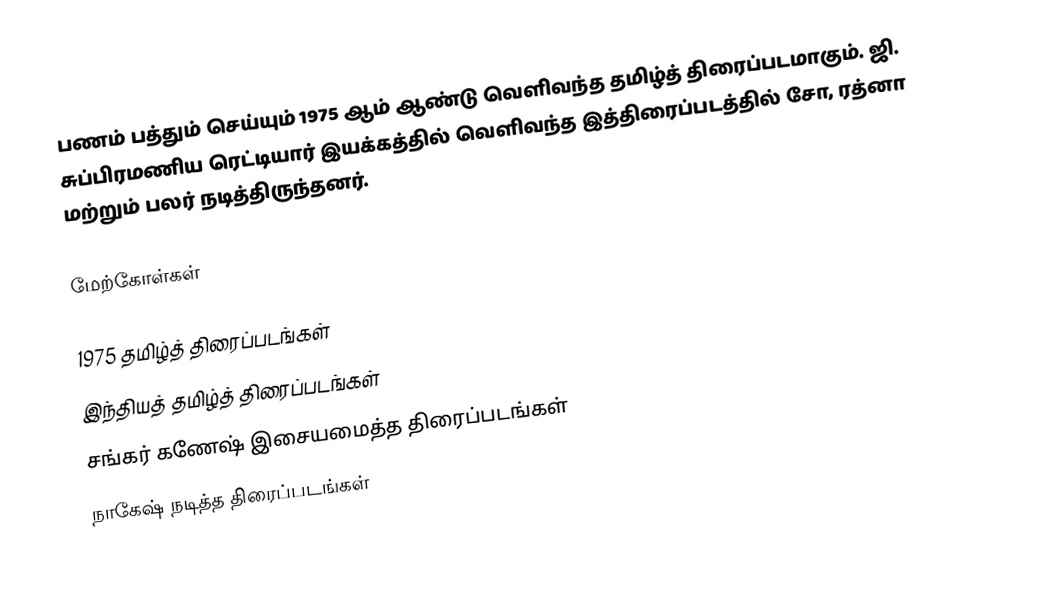
பணம் பத்தும் செய்யும் 1975 ஆம் ஆண்டு வெளிவந்த தமிழ்த் திரைப்படமாகும். ஜி. சுப்பிரமணிய ரெட்டியார் இயக்கத்தில் வெளிவந்த இத்திரைப்படத்தில் சோ, ரத்னா மற்றும் பலர் நடித்திருந்தனர்.

மேற்கோள்கள்

1975 தமிழ்த் திரைப்படங்கள்
இந்தியத் தமிழ்த் திரைப்படங்கள்
சங்கர் கணேஷ் இசையமைத்த திரைப்படங்கள்
நாகேஷ் நடித்த திரைப்படங்கள்